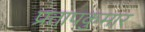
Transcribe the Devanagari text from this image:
प्रतापकुमार